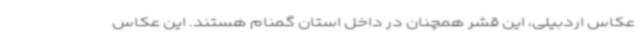
عکاس اردبیلی، این قشر همچنان در داخل استان گمنام هستند. این عکاس